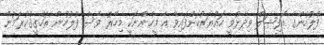
ފުލުހުންގެ އޮފިޝަލް ވިދާޅުވީ ހައްޔަރުކޮށްފައިވާ އެ މީހުންނަކީ މިހާރު ވެސް ފުލުހުން ތަހްޤީޤްކުރަމުން